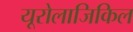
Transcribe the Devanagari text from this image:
यूरोलाजिकिल